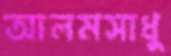
আলমসাধু